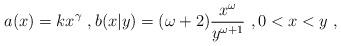
LaTeX: \begin{align*}a(x) = k x^\gamma\ , b(x|y) = (\omega+2) \frac{x^\omega}{y^{\omega+1}}\ , 0<x<y\ , \end{align*}